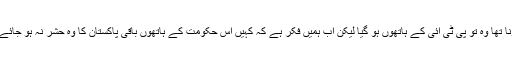
پشاور کا جو حشر ہونا تھا وہ تو پی ٹی آئی کے ہاتھوں ہو گیا لیکن اب ہمیں فکر ہے کہ کہیں اس حکومت کے ہاتھوں باقی پاکستان کا وہ حشر نہ ہو جائے جو پشاور کا ہو گیا۔